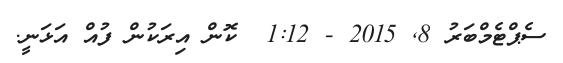
ސެޕްޓެމްބަރު 8